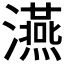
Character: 𤃇